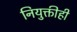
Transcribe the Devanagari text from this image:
नियुक्तीही